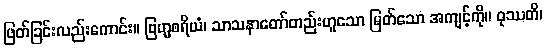
ဖြတ်ခြင်းလည်းကောင်း။ ဗြဟ္မစရိယံ၊ သာသနာတော်တည်းဟူသော မြတ်သော အကျင့်ကို။ ဝုဿတိ၊